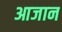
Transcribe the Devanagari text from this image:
आजान